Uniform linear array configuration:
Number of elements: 8
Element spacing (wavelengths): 1
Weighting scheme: cosine
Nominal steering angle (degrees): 0
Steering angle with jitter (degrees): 1.806
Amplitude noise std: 0.05
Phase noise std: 0.05

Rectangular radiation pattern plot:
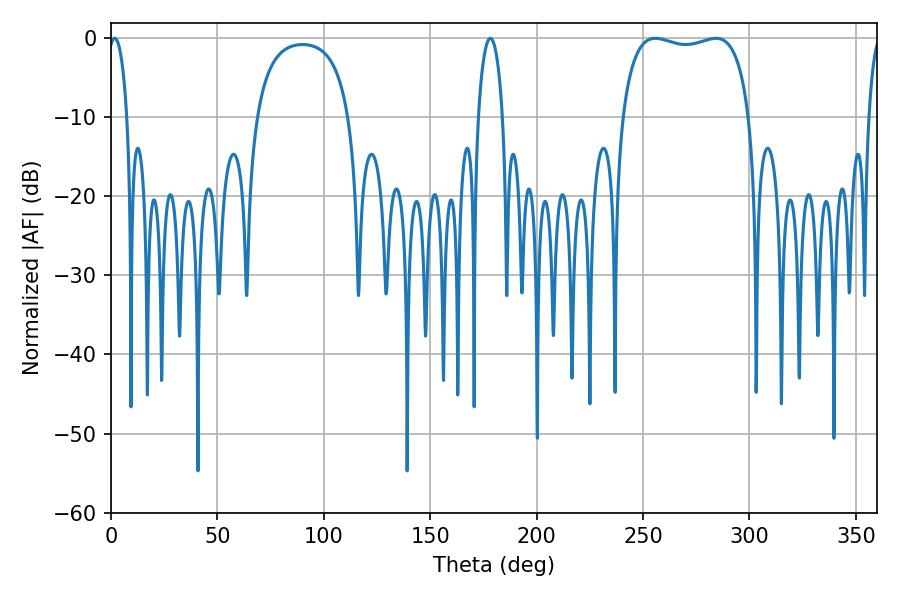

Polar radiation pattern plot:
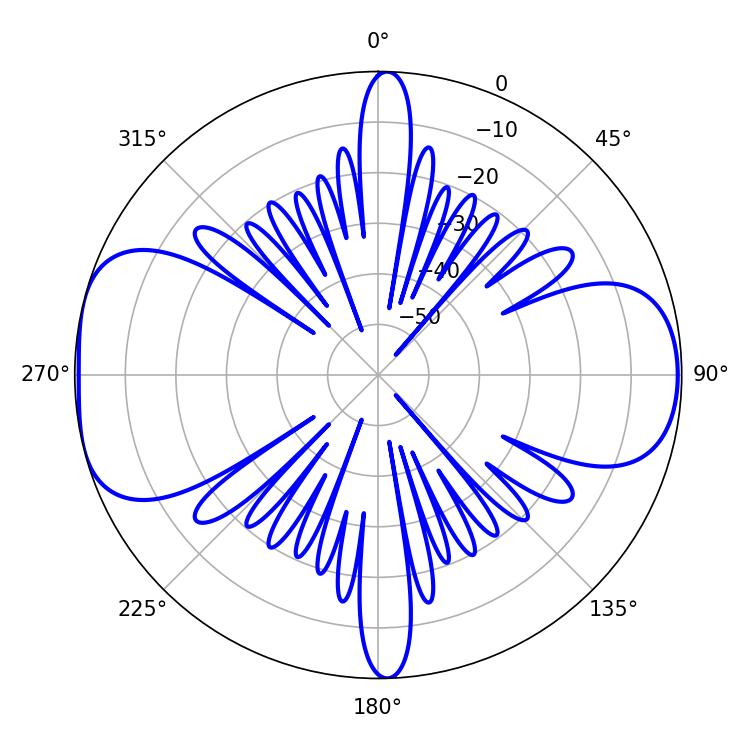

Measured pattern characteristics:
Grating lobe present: TRUE
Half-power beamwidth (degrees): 48.6
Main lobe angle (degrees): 255.78